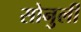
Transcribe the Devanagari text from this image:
सोनुर्ली